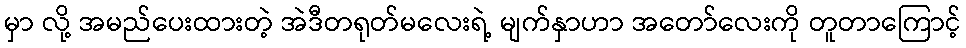
မှာ လို့ အမည်ပေးထားတဲ့ အဲဒီတရုတ်မလေးရဲ့ မျက်နှာဟာ အတော်လေးကို တူတာကြောင့်